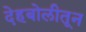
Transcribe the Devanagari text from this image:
देहबोलीतून